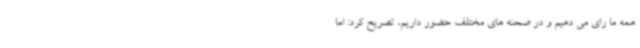
همه ما رای می دهیم و در صحنه های مختلف حضور داریم، تصریح کرد: اما